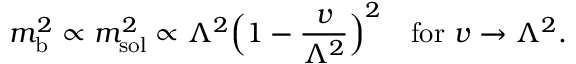
m _ { \mathrm { b } } ^ { 2 } \propto m _ { \mathrm { s o l } } ^ { 2 } \propto \Lambda ^ { 2 } \Bigl ( 1 - { \frac { v } { \Lambda ^ { 2 } } } \Bigr ) ^ { 2 } \quad \mathrm { f o r \ } v \rightarrow \Lambda ^ { 2 } .